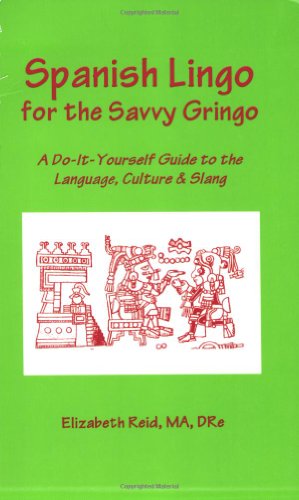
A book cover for Spanish Lingo for the Savvy Gringo: A Do-It-Yourself Guide to the Language, Culture and Slang; Elizabeth Reid; Reference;